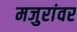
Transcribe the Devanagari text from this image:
मजुरांवर